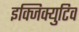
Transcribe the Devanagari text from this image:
इक्जिक्युटिव